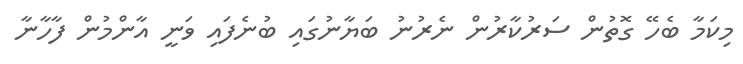
މިކަމާ ބެހޭ ގޮތުން ސަރުކާރުން ނެރުނު ބަޔާނުގައި ބުނެފައި ވަނީ އާންމުން ފާހާނާ